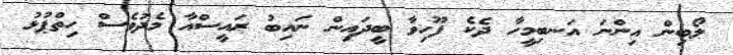
ލޯބިން އިންނަ އަނބިމީހާ ދެކެ ފޫހިވާ ބީދައިން ނައިބު ރައީސްއާ މެދުވެސް ހިތްޕުޅު